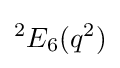
^{2}E_{6}(q^{2})